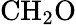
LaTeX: \textrm{C}\textrm{H}_{2}\textrm{O}